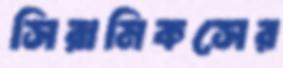
সিরামিকসের